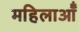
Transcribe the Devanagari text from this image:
महिलाऑँ